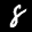
Label: 8